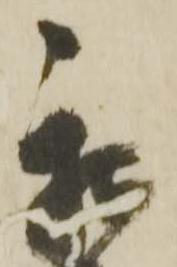
我